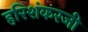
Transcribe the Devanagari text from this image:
हरिशंकरजी